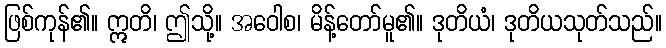
ဖြစ်ကုန်၏။ ဣတိ၊ ဤသို့။ အဝေါစ၊ မိန့်တော်မူ၏။ ဒုတိယံ၊ ဒုတိယသုတ်သည်။